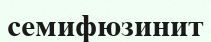
семифюзинит